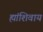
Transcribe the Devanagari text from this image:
ह्यांशिवाय